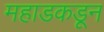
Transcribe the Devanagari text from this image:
महाडकडून